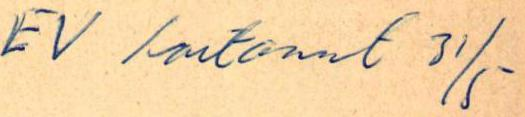
EV /antanut 31/5